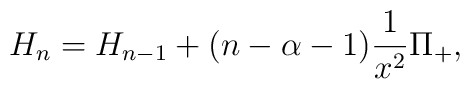
H_n=H_{n-1}+(n-\alpha-1)\frac{1}{x^2}\Pi_+,